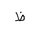
Letter: _za